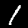
Label: 1